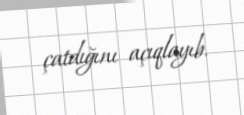
çatdığını açıqlayıb.